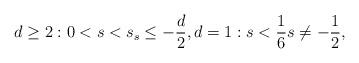
LaTeX: \begin{align*} d \geq 2: 0 < s < s_ s \leq - \frac d2, d = 1: s < \frac 16 s \ne - \frac 12, \end{align*}